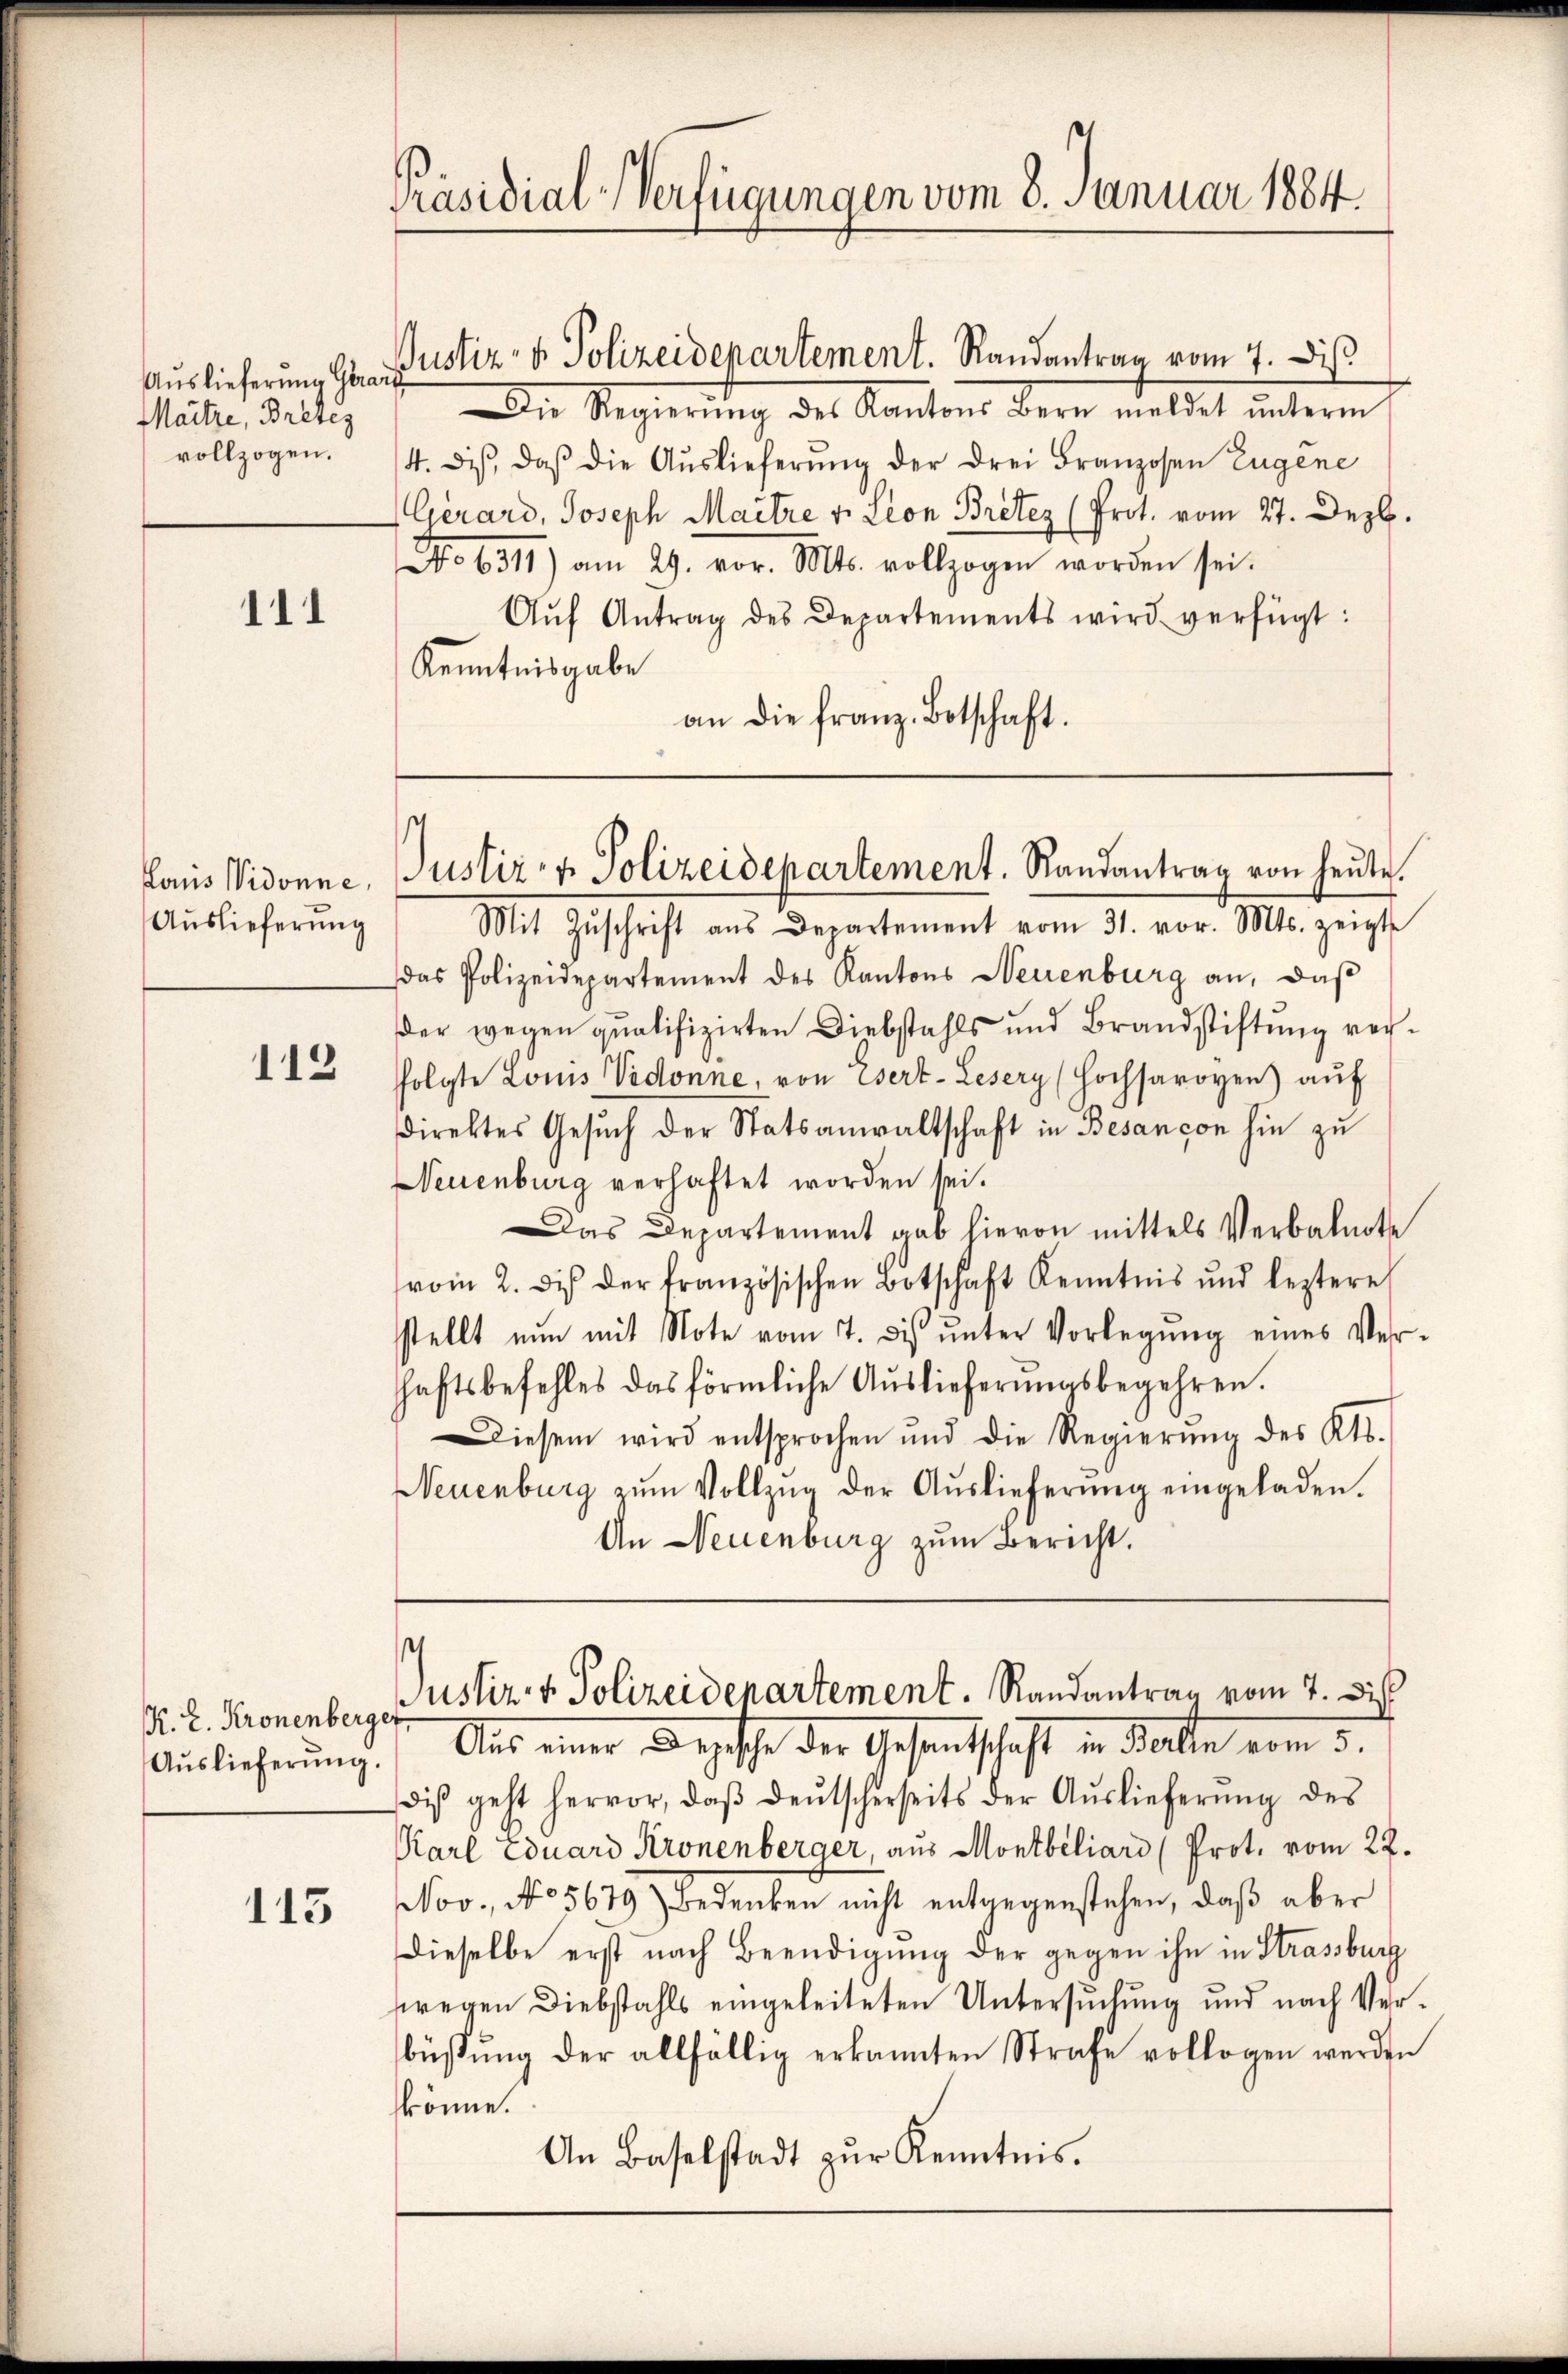
Maitze, Breten
vollzogen.

111

Konis Vidonne,
Auslieferung

112

K. Z. Kronenberger
Auslieferung.

113

Präsidial-Verfügungen vom 8. Januar 1884.

Auslieferung Geraus ustiz- & Polizeidepartement. Randantrag vom 7. Dis
Die Regierung des Kantons Bern meldet unterm
4. diβ, daβ die Auslieferung der drei Franzosen Eugene
Gérard, Joseph Maitre v. Leon Bretez (Prot. vom 27. Dezb.
No 6511) am 29. vor. Mts. vollzogen worden sei.
Aŭf Antrag des Departements wird verfügt:
Kenntnisgabe
an die franz. Botschaft.

s
Justiz- & Polizeidepartement. Randantrag von heute.

Mit Zŭschrift ans Departement vom 31. vor. Mts. zeigt
das Polizeidepartement des Kantons Neuenburg an, daß
der wegen qualifizirten Diebstahls und Brandstiftung verfolgte Louis Vidonne, von Esert- Lesery (Hochsaroyen aŭf
direktes Gesŭch der Statsanwaltschaft in Besançon hin zu
Neuenburg verhaftet worden sei.
Das Departement gab hievon mittels Verbalnote
vom 2. des der französischen Botschaft Kenntnis und leztere
stellt nun mit Note vom 7. dis ŭnter Vorlegung eines Ver-
haftsbefehles das förmliche Auslieferŭngsbegehren.
Diesem wird entsprochen und die Regierŭng des Kts.
Neuenburg zŭm Vollzŭg der Aŭslieferŭng eingeladen.
An Neuenburg zum Bericht.

¬

Aus einer Depesche der Gesandtschaft in Falle vom 5.
Diβ geht hervor, daβ deŭtscherseits der Aŭslieferŭng des
Karl Eduard Kronenberger, aus Montbiliard (Prot. vom 22.
Nov., No 5679) Bedenken nicht entgegenstehen, daß aber
dieselbe erst nach Beendigung der gegen ihn in Strassburg
wegen Diebstahls eingeleiteten Untersuchung und nach Ver-
büsŭng der allfällig erkannten Strafe vollogen werden
könne.
An Baselstadt zŭr Kenntnis.

Justiz & Polizeidenartement. Randantrag vom 4. Di